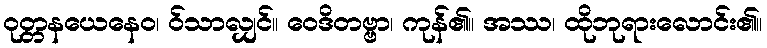
ဝုတ္တနယေနေဝ၊ ဝ်သာလျှင်။ ဝေဒိတဗ္ဗာ၊ ကုန်၏။ အဿ၊ ထိုဘုရားလောင်း၏။